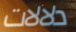
دلالات